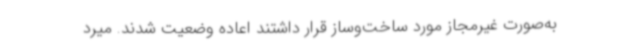
به‌صورت غیرمجاز مورد ساخت‌وساز قرار داشتند اعاده وضعیت شدند. میرد